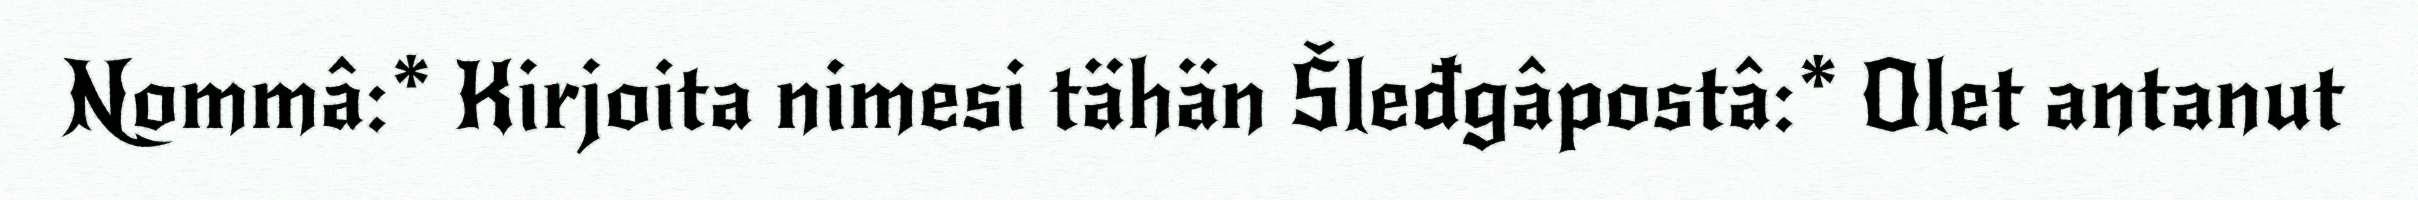
Nommâ:* Kirjoita nimesi tähän Šleđgâpostâ:* Olet antanut